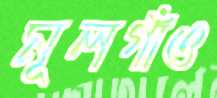
মূলগাঁও